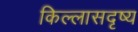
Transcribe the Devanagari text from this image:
किल्लासदृष्य